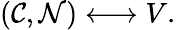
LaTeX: ({\cal C},{\cal N})\longleftrightarrow V.